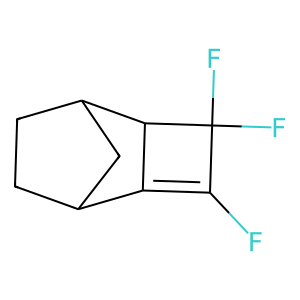
SMILES: FC1=C2C3CCC(C3)C2C1(F)F
Inhibits HIV replication: No